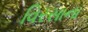
વિરસાના